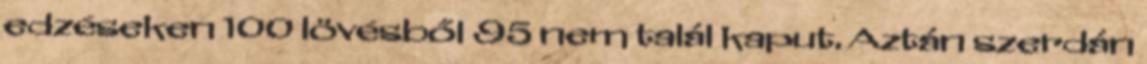
edzéseken 100 lövésből 95 nem talál kaput. Aztán szerdán